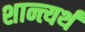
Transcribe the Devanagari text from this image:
शान्त्यर्थं